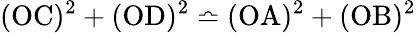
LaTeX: (\mathrm{OC})^{2}+(\mathrm{OD})^{2}\bumpeq(\mathrm{OA})^{2}+(\mathrm{OB})^{2}